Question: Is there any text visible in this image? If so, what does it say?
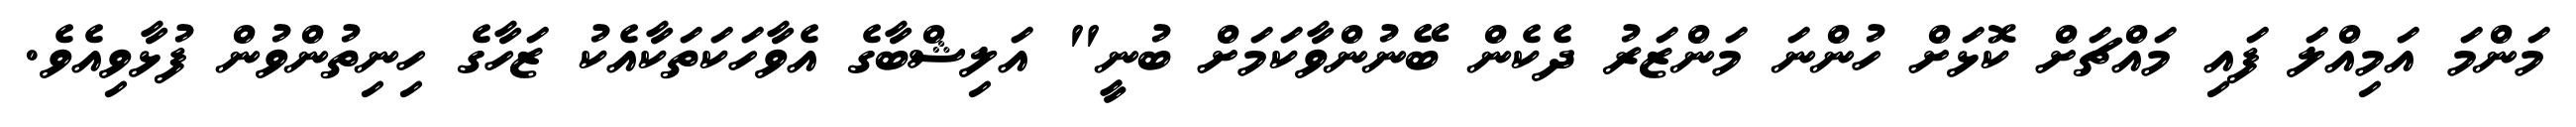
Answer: މަންމަ އަމިއްލަ ފައި މައްޗަށް ކޮޅަށް ހުންނަ މަންޒަރު ދެކެން ބޭނުންވާކަމަށް ބުނީ" އަލިޝްބާގެ އެވާހަކަތަކާއެކު ޒަހާގެ ހިނިތުންވުން ފުޅާވިއެވެ.